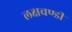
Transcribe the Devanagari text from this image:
लक्षचण्डी